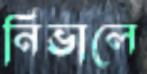
নিভালে